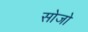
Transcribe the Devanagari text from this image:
सोजो